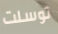
توسلت